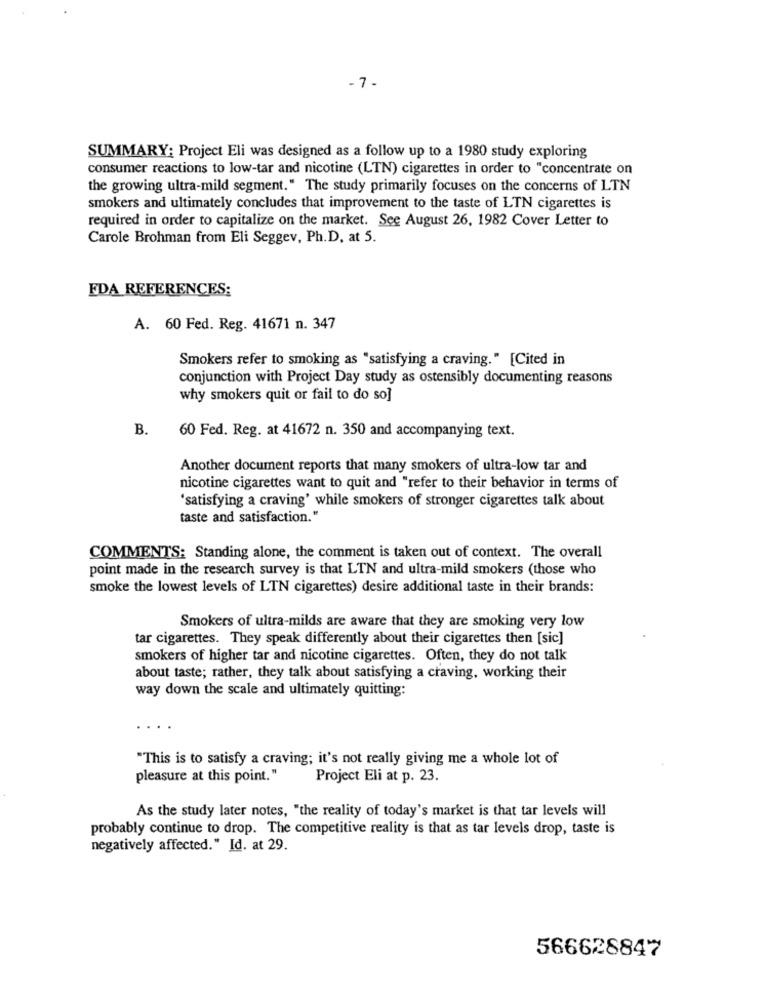
-7-
SUMMARY: Project Eli was designed as a follow up to a 1980 study exploring
consumer reactions to low-tar and nicotine (LTN) cigarettes in order to "concentrate on
the growing ultra-mild segment." The study primarily focuses on the concerns of LTN
smokers and ultimately concludes that improvement to the taste of LTN cigarettes is
required in order to capitalize on the market. See August 26, 1982 Cover Letter to
Carole Brohman from Eli Seggev, Ph.D, at 5.
FDA REFERENCES:
A. 60 Fed. Reg. 41671 n. 347
Smokers refer to smoking as "satisfying a craving." [Cited in
conjunction with Project Day study as ostensibly documenting reasons
why smokers quit or fail to do so]
B.
60 Fed. Reg. at 41672 n. 350 and accompanying text.
Another document reports that many smokers of ultra-low tar and
nicotine cigarettes want to quit and "refer to their behavior in terms of
'satisfying a craving' while smokers of stronger cigarettes talk about
taste and satisfaction."
COMMENTS: Standing alone, the comment is taken out of context. The overall
point made in the research survey is that LTN and ultra-mild smokers (those who
smoke the lowest levels of LTN cigarettes) desire additional taste in their brands:
Smokers of ultra-milds are aware that they are smoking very low
tar cigarettes. They speak differently about their cigarettes then [sic]
smokers of higher tar and nicotine cigarettes. Often, they do not talk
about taste; rather, they talk about satisfying a craving, working their
way down the scale and ultimately quitting:
"This is to satisfy a craving; it's not really giving me a whole lot of
pleasure at this point."
Project Eli at p. 23.
As the study later notes, "the reality of today's market is that tar levels will
probably continue to drop. The competitive reality is that as tar levels drop, taste is
negatively affected." Id. at 29.
566628847